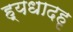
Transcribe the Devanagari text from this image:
ह्यधादहृ